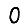
Digit: 0